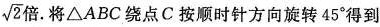
\sqrt{2}倍。将△ABC绕点C按顺时针方向旋转45°得到